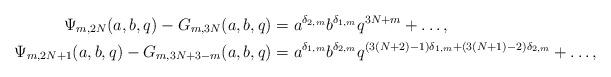
LaTeX: \begin{align*}\Psi_{m,2N}(a,b,q) - G_{m,3N}(a,b,q) &= a^{\delta_{2,m}}b^{\delta_{1,m}} q^{3N+m}+\dots,\\\Psi_{m,2N+1}(a,b,q) - G_{m,3N+3-m}(a,b,q) &= a^{\delta_{1,m}}b^{\delta_{2,m}} q^{(3(N+2)-1)\delta_{1,m} + (3(N+1)-2)\delta_{2,m}}+\dots,\end{align*}